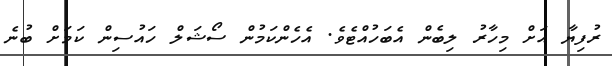
ރުފިޔާ އަށް މިހާރު ލިބެން އެބަހުއްޓެވެ. އެހެންކަމުން ސޯޝަލް ހައުސިން ކަމަށް ބުނެ